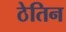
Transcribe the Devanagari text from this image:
ठेतिन